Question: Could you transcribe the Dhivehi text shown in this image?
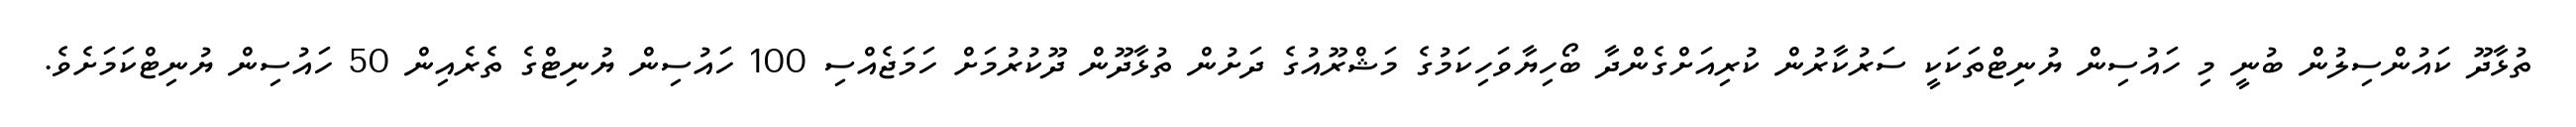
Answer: ތުޅާދޫ ކައުންސިލުން ބުނީ މި ހައުސިން ޔުނިޓްތަކަކީ ސަރުކާރުން ކުރިއަށްގެންދާ ބޯހިޔާވަހިކަމުގެ މަޝްރޫއުގެ ދަށުން ތުޅާދޫން ދޫކުރުމަށް ހަމަޖެއްސި 100 ހައުސިން ޔުނިޓްގެ ތެރެއިން 50 ހައުސިން ޔުނިޓްކަމަށެވެ.